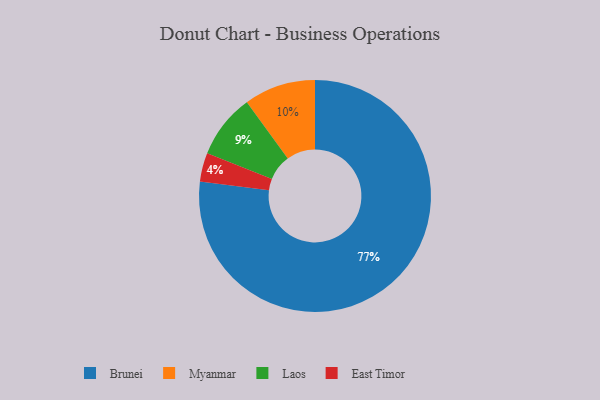
{"axis": {"x": "Category", "y": "Percentage"}, "legend": ["Brunei", "East Timor", "Laos", "Myanmar"], "data": [{"x": "Laos", "y": 9, "type": "Laos"}, {"x": "Myanmar", "y": 10, "type": "Myanmar"}, {"x": "East Timor", "y": 4, "type": "East Timor"}, {"x": "Brunei", "y": 77, "type": "Brunei"}]}